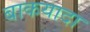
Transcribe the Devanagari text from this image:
बाकयादा